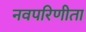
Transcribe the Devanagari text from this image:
नवपरिणीता